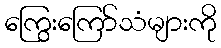
ကြွေးကြော်သံများကို